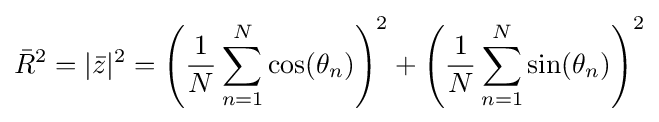
{\bar {R}}^{2}=|{\bar {z}}|^{2}=\left({\frac {1}{N}}\sum _{n=1}^{N}\cos(\theta _{n})\right)^{2}+\left({\frac {1}{N}}\sum _{n=1}^{N}\sin(\theta _{n})\right)^{2}